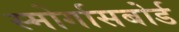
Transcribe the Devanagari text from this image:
स्मोर्गासबोर्ड